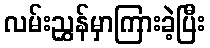
လမ်းညွှန်မှာကြားခဲ့ပြီး